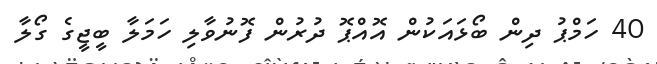
40 ހަމްޕު ދިން ބޯޅައަކުން އޮއްޕޮ ދުރުން ފޮނުވާލި ހަމަލާ ބީޖީގެ ގޯލާ